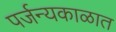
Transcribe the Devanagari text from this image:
पर्जन्यकाळात